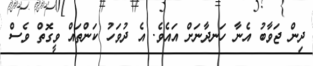
ދިން ޖަވާބު އެނާ ހަނދާނަށް އައެވެ. އެ ދުވަހު ކަންތައް ވީގޮތް ވެސް